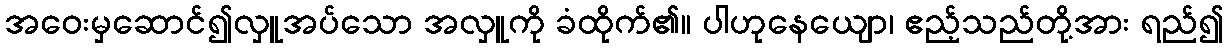
အဝေးမှဆောင်၍လှူအပ်သော အလှူကို ခံထိုက်၏။ ပါဟုနေယျော၊ ဧည့်သည်တို့အား ရည်၍